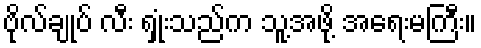
ဗိုလ်ချုပ် လီး ရှုံးသည်က သူ့အဖို့ အရေးမကြီး။